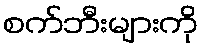
စက်ဘီးများကို